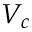
V _ { c }